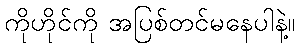
ကိုဟိုင်ကို အပြစ်တင်မနေပါနဲ့။